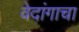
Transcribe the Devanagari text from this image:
वेदांगाचा